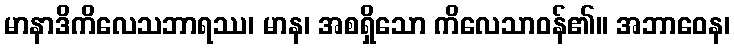
မာနာဒိကိလေသဘာရဿ၊ မာန၊ အစရှိသော ကိလေသာဝန်၏။ အဘာဝေန၊